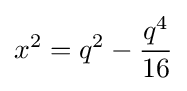
x^{2}=q^{2}-{\frac {q^{4}}{16}}